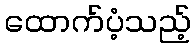
ထောက်ပံ့သည့်